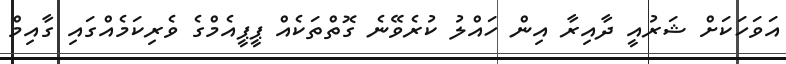
އަވަހަކަށް ޝަރުއީ ދާއިރާ އިން ހައްލު ކުރެވޭނެ ގޮތްތަކެއް ޕީޕީއެމްގެ ވެރިކަމެއްގައި ގާއިމް